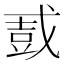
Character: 𫻿